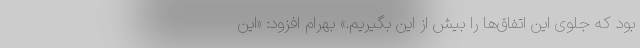
بود که جلوی این اتفاق‌ها را بیش از این بگیریم.» بهرام افزود: «این